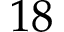
1 8